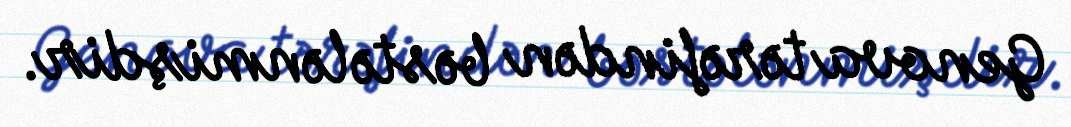
Genova tərəfindən bəstələnmişdir.